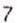
7